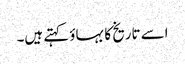
اسے تاریخ کا بہاؤ کہتے ہیں۔